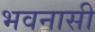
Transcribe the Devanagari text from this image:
भवनासी